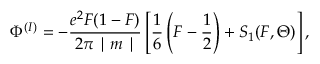
\Phi ^ { ( I ) } = - \frac { e ^ { 2 } F ( 1 - F ) } { 2 \pi \mid m \mid } \left[ \frac { 1 } { 6 } \left( F - \frac { 1 } { 2 } \right) + S _ { 1 } ( F , \Theta ) \right] ,